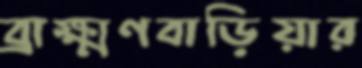
ব্রাক্ষ্মণবাড়িয়ার